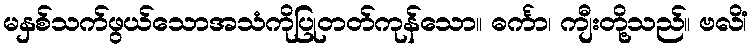
မနှစ်သက်ဖွယ်သောအသံကိုပြုတတ်ကုန်သော။ ဓင်္ကာ၊ ကျီးတို့သည်။ ဗလိံ၊